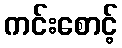
ကင်းစောင့်